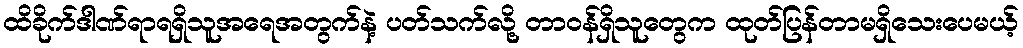
ထိခိုက်ဒါဏ်ရာရရှိသူအရေအတွက်နဲ့ ပတ်သက်လို့ တာဝန်ရှိသူတွေက ထုတ်ပြန်တာမရှိသေးပေမယ့်